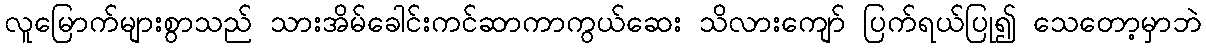
လူမြောက်များစွာသည် သားအိမ်ခေါင်းကင်ဆာကာကွယ်ဆေး သိလားကျော် ပြက်ရယ်ပြု၍ သေတော့မှာဘဲ